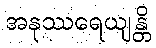
အနုဿရေယျန္တိ